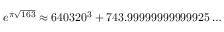
e ^ { \pi { \sqrt { 1 6 3 } } } \approx 6 4 0 3 2 0 ^ { 3 } + 7 4 3 . 9 9 9 9 9 9 9 9 9 9 9 9 2 5 \dots